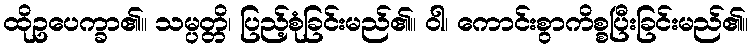
ထိုဥပေက္ခာ၏။ သမ္ပတ္တိ၊ ပြည့်စုံခြင်းမည်၏။ ဝါ၊ ကောင်းစွာကိစ္စပြီးခြင်းမည်၏။